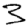
Digit: 3